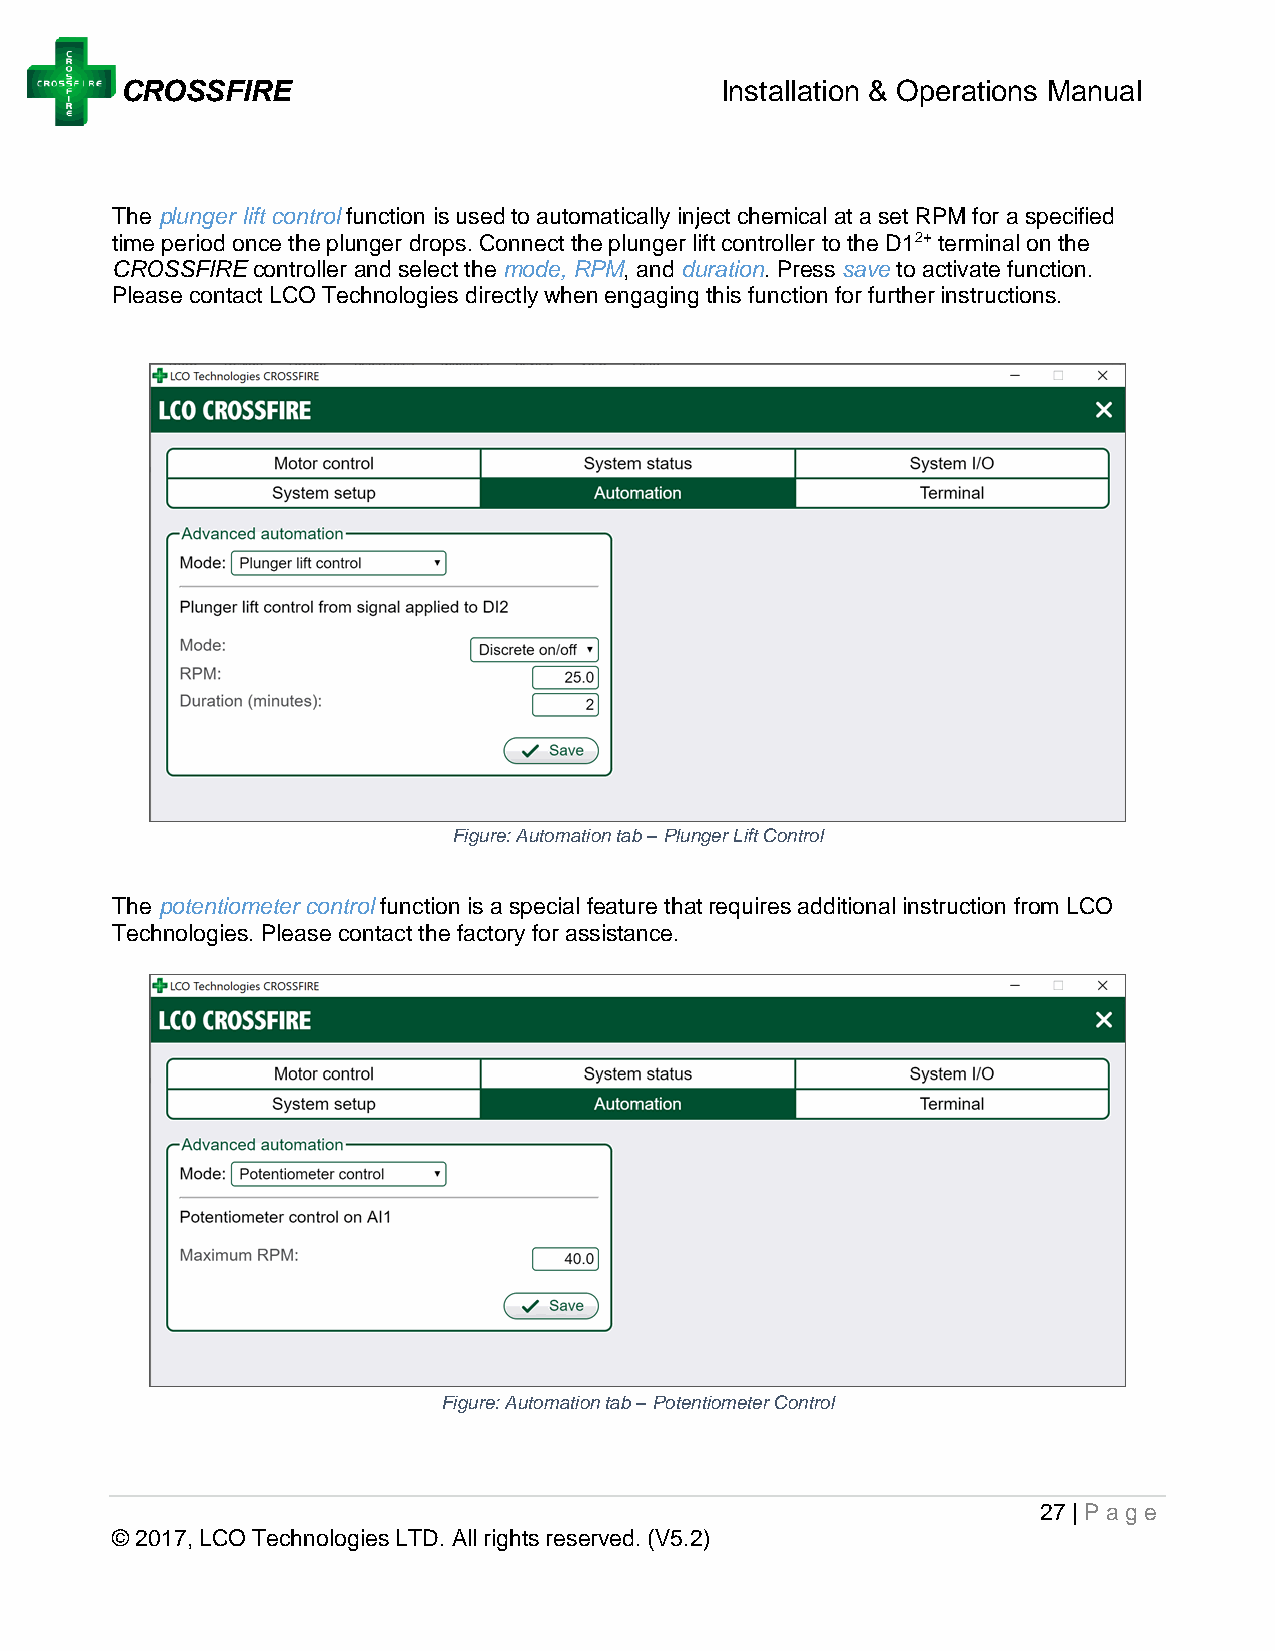
CROSSFIRE                               Installation & Operations Manual
 The plunger lift control function is used to automatically inject chemical at a set RPM for a specified
 time period once the plunger drops. Connect the plunger lift controller to the D12+ terminal on the
 CROSSFIRE controller and select the mode, RPM, and duration. Press save to activate function.
 Please contact LCO Technologies directly when engaging this function for further instructions.
 Figure: Automation tab – Plunger Lift Control
 The potentiometer control function is a special feature that requires additional instruction from LCO
 Technologies. Please contact the factory for assistance.
 Figure: Automation tab – Potentiometer Control
 27 | Page
 © 2017, LCO Technologies LTD. All rights reserved. (V5.2)